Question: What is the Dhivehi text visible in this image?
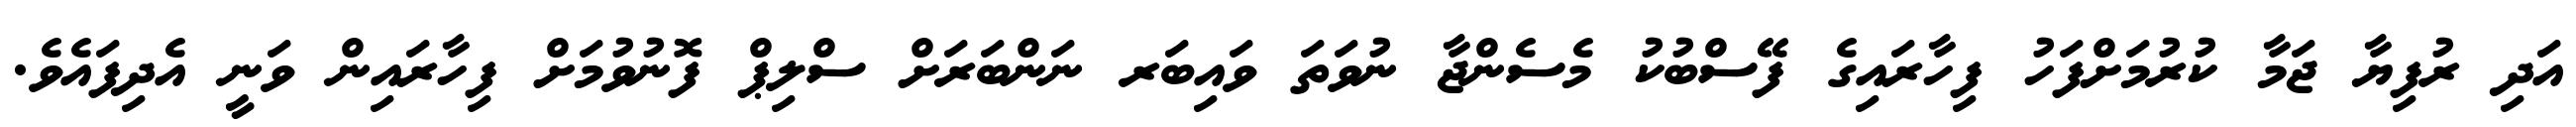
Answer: އަދި ރުފިޔާ ޖަމާ ކުރުމަށްފަހު ފިހާރައިގެ ފޭސްބުކު މެސެންޖާ ނުވަތަ ވައިބަރ ނަންބަރަށް ސްލިޕް ފޮނުވުމަށް ފިހާރައިން ވަނީ އެދިފައެވެ.